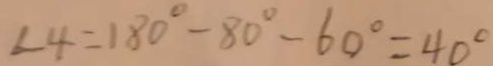
\angle 4 = 1 8 0 ^ { \circ } - 8 0 ^ { \circ } - 6 0 ^ { \circ } = 4 0 ^ { \circ }